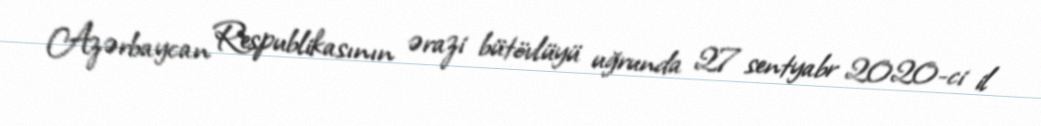
Azərbaycan Respublikasının ərazi bütövlüyü uğrunda 27 sentyabr 2020-ci il